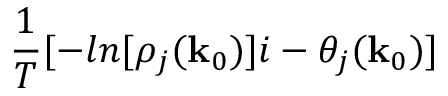
\frac { 1 } { T } [ - l n [ \rho _ { j } ( { \bf k } _ { 0 } ) ] i - \theta _ { j } ( { \bf k } _ { 0 } ) ]